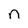
Character: n